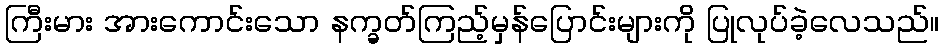
ကြီးမား အားကောင်းသော နက္ခတ်ကြည့်မှန်ပြောင်းများကို ပြုလုပ်ခဲ့လေသည်။